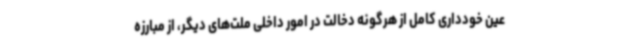
عین خودداری کامل از هرگونه دخالت در امور داخلی ملت‌های دیگر، از مبارزه